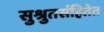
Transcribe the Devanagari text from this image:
सुश्रुतसंहितेत